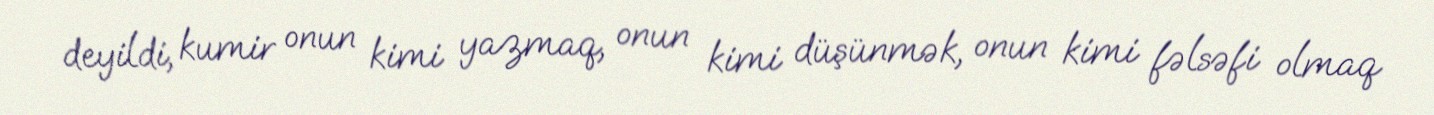
deyildi, kumir onun kimi yazmaq, onun kimi düşünmək, onun kimi fəlsəfi olmaq